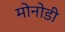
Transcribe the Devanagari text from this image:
मोनोडी